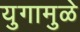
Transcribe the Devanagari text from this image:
युगामुळे